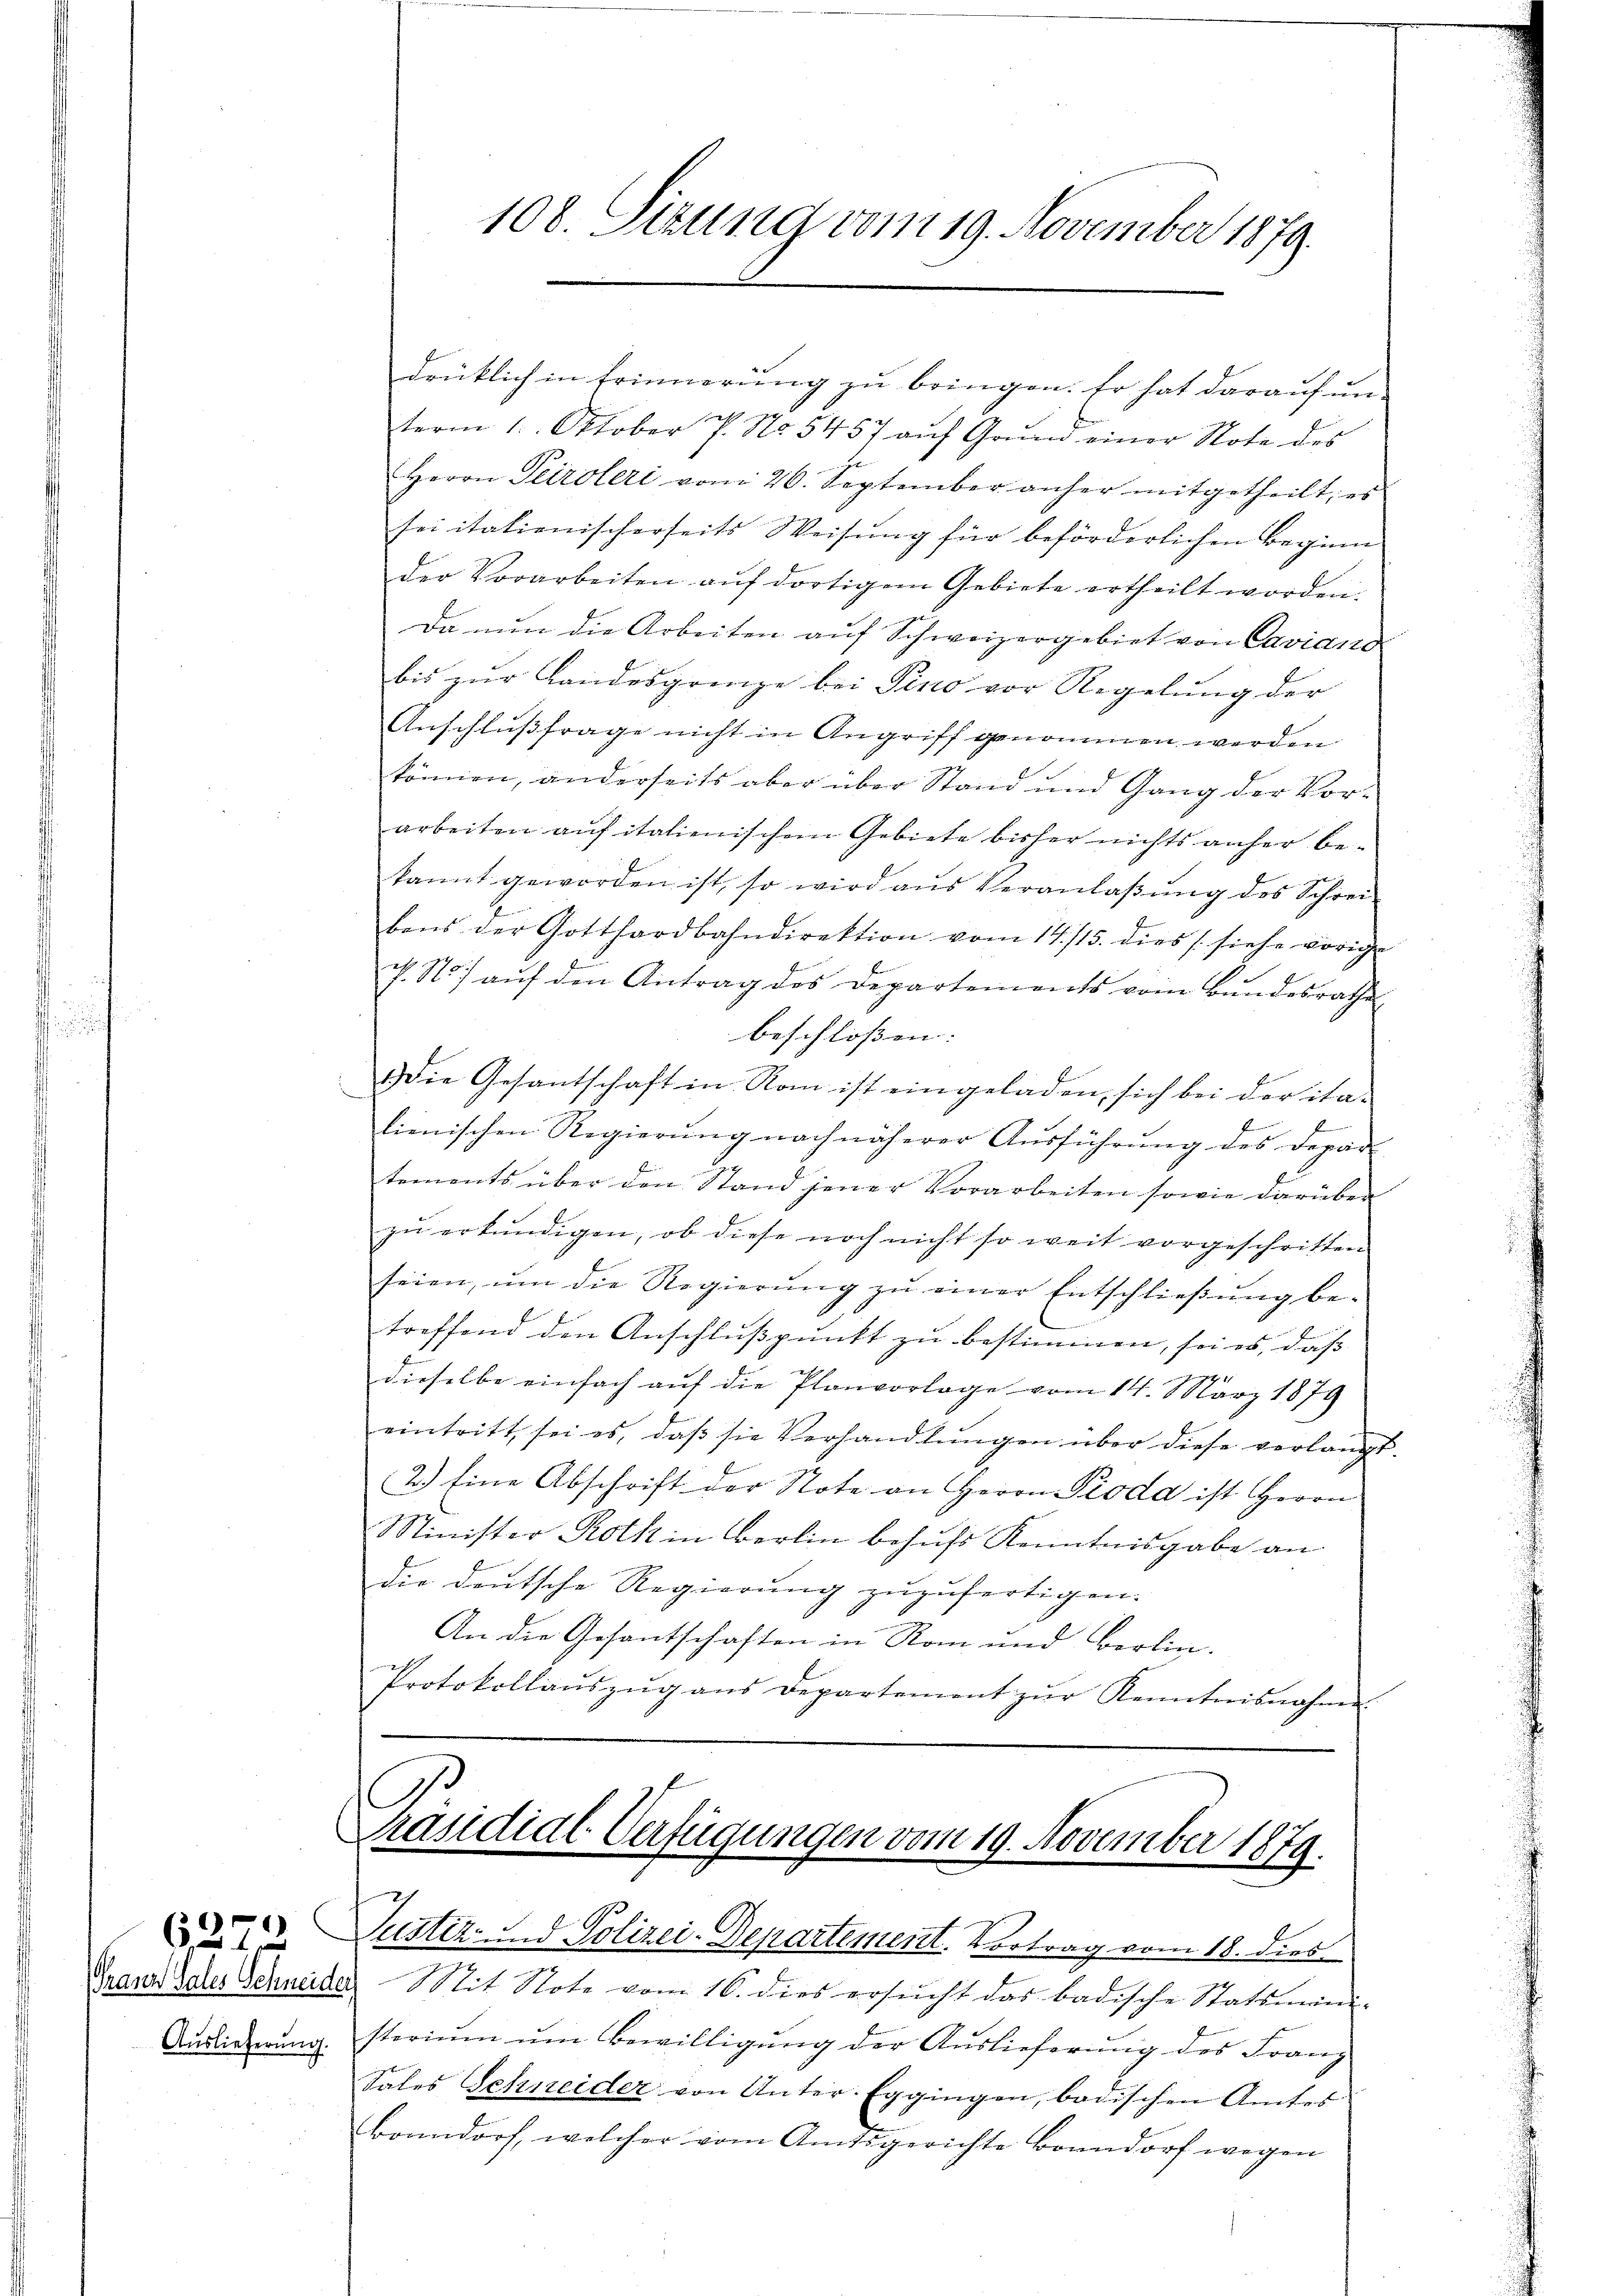
Auslieferung.

.

108. Sizung vom 19. November 1879.

drüklich in Erinnerung zu bringen. Er hat darauf un-
term 1. Oktober P. No. 5457 aŭf Grŭnd einer Note des
Herrn Tiroleri vom 26. September anher mitgetheilt, es
sei italienischerseits Weisung für beförderlichen Beginn
der Vorarbeiten aŭf dortigem Gebiete ertheilt worden.
Da nun die Arbeiten aŭf Schweizergebiet von Caviand
bis zur Landesgrenze bei Pino vor Regelung der
Anschlußfrage nicht in Angriff genommen werden
können, anderseits aber über Stand und Gang der Vorarbeiten auf italienischem Gebiete bisher nichts anher bekannt geworden ist, so wird aŭs Veranlaβŭng des Schrei
bens der Gotthardbahndirektion vom 14. 115. dies (siehe vorige
v. St. aŭf den Antrag des Departements vom Bŭndesrathe
beschlossen: |
Die Gesantschaft in Rom ist eingeladen, sich bei der ita-
f
lienischen Regierung nach näherer Ausführung des Depar
tements über den Stand jener Vorarbeiten sowie darüber
zŭ erkundigen, ob diese noch nicht so weit vorgeschritten
seien, ŭm die Regierŭng zŭ einer Entschließung be-
treffend den Anschlußpunkt zu bestimmen, sei es, daß
dieselbe einfach auf die Planvorlage vom 14. März 1879
eintritt, sei es, daβ sie Verhandlŭngen über diese verlangt.
2.) Eine Abschrift der Note an Herrn Pioda ist Herrn
Minister Roth in Berlin behufs Kenntnisgabe an
die deutsche Regierung zuzufertigen.
An die Gesantschaften in Rom und Berlin.
Protokollaŭszŭg ans Departement zŭr Kenntnisnahme

C
Präsidial-Verfügungen vom 19. November 1879.
 Zustiz, d. Polizei-Departement. Vortrag vom 18. dies

Granz Oder Schneide Mit Note vom 16. dies ersŭcht das badische Statsmini-
storium um Bewilligung der Auslieferung des Franz
Sales Schneider von Unter-Eggingen, badischen Amtes
Bonndorf, welcher vom Amtsgerichte Bonndorf wegen